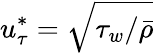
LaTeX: u_{\tau}^{*}=\sqrt{\tau_{w}/\bar{\rho}}